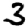
Digit: 3